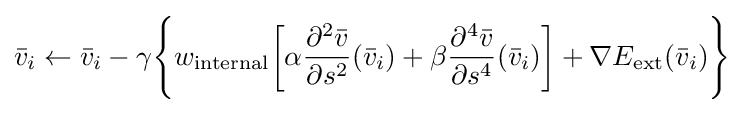
{\bar {v}}_{i}\leftarrow {\bar {v}}_{i}-\gamma {\Bigg \{}w_{\text{internal}}{\bigg [}\alpha {\frac {\partial ^{2}{\bar {v}}}{\partial s^{2}}}({\bar {v}}_{i})+\beta {\frac {\partial ^{4}{\bar {v}}}{\partial s^{4}}}({\bar {v}}_{i}){\bigg ]}+\nabla E_{\text{ext}}({\bar {v}}_{i}){\Bigg \}}